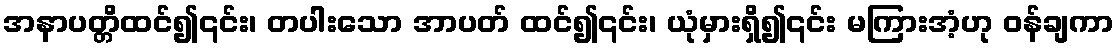
အနာပတ္တိထင်၍၎င်း၊ တပါးသော အာပတ် ထင်၍၎င်း၊ ယုံမှားရှိ၍၎င်း မကြားအံ့ဟု ဝန်ချကာ